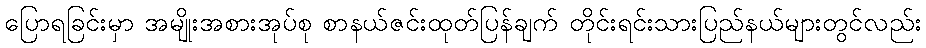
ပြောရခြင်းမှာ အမျိုးအစားအုပ်စု စာနယ်ဇင်းထုတ်ပြန်ချက် တိုင်းရင်းသားပြည်နယ်များတွင်လည်း